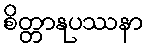
စိတ္တာနုပဿနာ